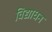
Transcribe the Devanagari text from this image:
विद्याधन